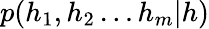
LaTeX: p(h_{1},h_{2}\ldots h_{m}|h)